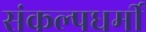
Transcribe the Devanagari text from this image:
संकल्पधर्मी